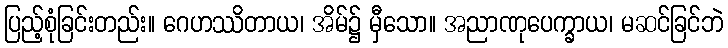
ပြည့်စုံခြင်းတည်း။ ဂေဟဿိတာယ၊ အိမ်၌ မှီသော။ အညာဏုပေက္ခာယ၊ မဆင်ခြင်ဘဲ